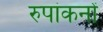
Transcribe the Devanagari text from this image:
रुपांकनों